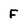
Character: F